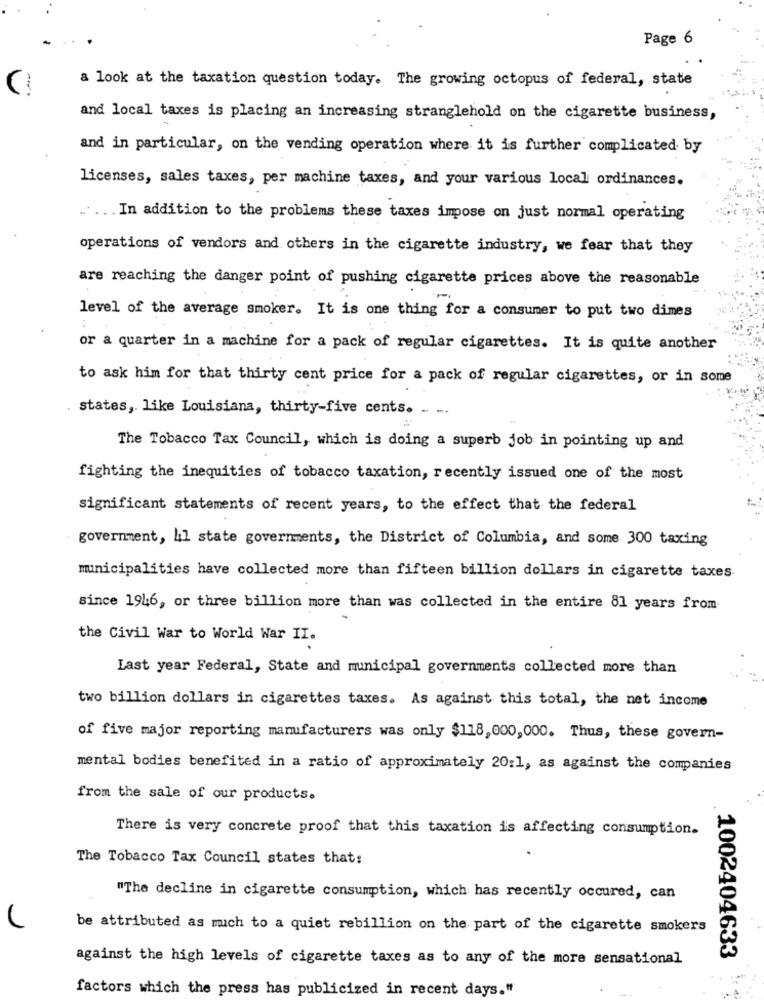
Page 6
a look at the taxation question today. The growing octopus of federal, state
and local taxes is placing an increasing stranglehold on the cigarette business,
and in particular, on the vending operation where it is further complicated by
licenses, sales taxes, per machine taxes, and your various local ordinances.
... ... In addition to the problems these taxes impose on just normal operating
operations of vendors and others in the cigarette industry, we fear that they
are reaching the danger point of pushing cigarette prices above the reasonable
level of the average smoker. It is one thing for a consumer to put two dimes
or a quarter in a machine for a pack of regular cigarettes. It is quite another
to ask him for that thirty cent price for a pack of regular cigarettes, or in some
states, like Louisiana, thirty-five cents. . ..
The Tobacco Tax Council, which is doing a superb job in pointing up and
fighting the inequities of tobacco taxation, recently issued one of the most
significant statements of recent years, to the effect that the federal
government, Ll state governments, the District of Columbia, and some 300 taxing
municipalities have collected more than fifteen billion dollars in cigarette taxes
since 1946, or three billion more than was collected in the entire 81 years from
the Civil War to World War II.
Last year Federal, State and municipal governments collected more than
two billion dollars in cigarettes taxes. As against this total, the net income
of five major reporting manufacturers was only $118,000,000. Thus, these govern-
mental bodies benefited in a ratio of approximately 20:1, as against the companies
from the sale of our products.
There is very concrete proof that this taxation is affecting consumption.
The Tobacco Tax Council states that:
"The decline in cigarette consumption, which has recently occured, can
be attributed as mich to a quiet rebillion on the part of the cigarette smokers
against the high levels of cigarette taxes as to any of the more sensational
1002404633
factors which the press has publicized in recent days."